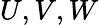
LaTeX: U,V,W